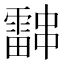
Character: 𮦰